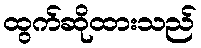
ထွက်ဆိုထားသည်